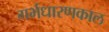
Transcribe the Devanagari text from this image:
गर्भधारणकाल